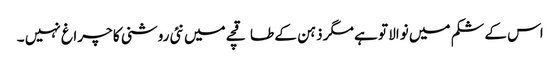
اس کے شکم میں نوالا تو ہے مگر ذہن کے طاقچے میں نئی روشنی کا چراغ نہیں ۔